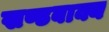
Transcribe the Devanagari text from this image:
खण्डबाक्य